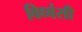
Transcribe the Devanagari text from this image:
विध्वंसी